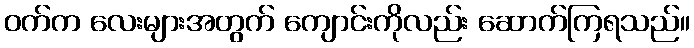
ဝက်က လေးများအတွက် ကျောင်းကိုလည်း ဆောက်ကြရသည်။